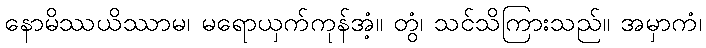
နောမိဿယိဿာမ၊ မရောယှက်ကုန်အံ့။ တွံ၊ သင်သိကြားသည်။ အမှာကံ၊